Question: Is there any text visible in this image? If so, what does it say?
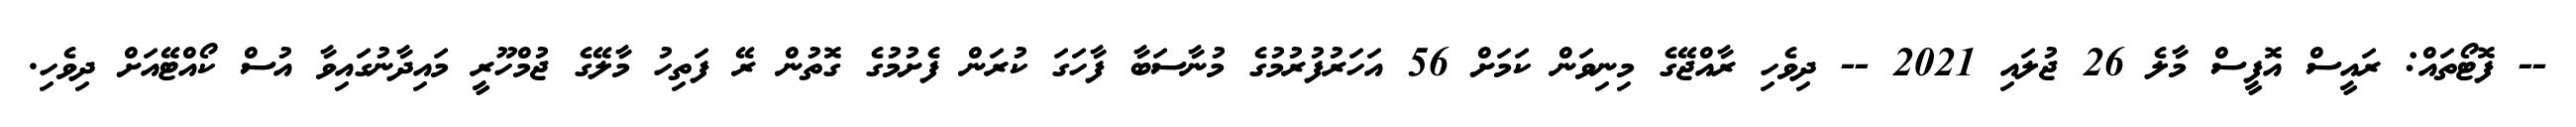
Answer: -- ފޮޓޯތައް: ރައީސް އޮފީސް މާލެ 26 ޖުލައި 2021 -- ދިވެހި ރާއްޖޭގެ މިނިވަން ކަމަށް 56 އަހަރުފުރުމުގެ މުނާސަބާ ފާހަގަ ކުރަން ފެށުމުގެ ގޮތުން ރޭ ފަތިހު މާލޭގެ ޖުމްހޫރީ މައިދާނުގައިވާ އުސް ކޯއްޓޭއަށް ދިވެހި.